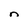
Character: n